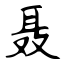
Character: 聂